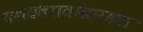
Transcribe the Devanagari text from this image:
यशवंतरावांसारख्या